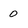
Character: 0